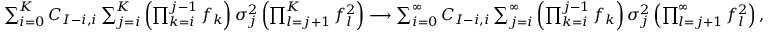
\begin{array} { r } { \sum _ { i = 0 } ^ { K } C _ { I - i , i } \sum _ { j = i } ^ { K } \left( \prod _ { k = i } ^ { j - 1 } f _ { k } \right) \sigma _ { j } ^ { 2 } \left( \prod _ { l = j + 1 } ^ { K } f _ { l } ^ { 2 } \right) \longrightarrow \sum _ { i = 0 } ^ { \infty } C _ { I - i , i } \sum _ { j = i } ^ { \infty } \left( \prod _ { k = i } ^ { j - 1 } f _ { k } \right) \sigma _ { j } ^ { 2 } \left( \prod _ { l = j + 1 } ^ { \infty } f _ { l } ^ { 2 } \right) , } \end{array}